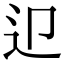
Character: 𨑏